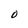
Character: O